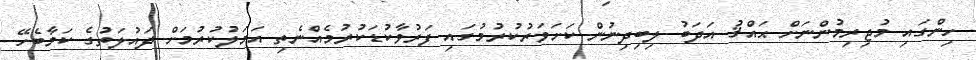
ހިންގައި މުޖިރިމުންނަށް ޙައްޤު އަދަބު ލިބިދިނުން ކަށަވަރުކުރުމުގައި ފަރުވާކުޑަކުރުމެއްނެތި އަމަލުކުރުމަށް ދައުލަތުގެ ކަމާބެހޭ